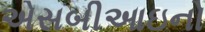
એસબીઆઇનો